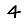
Digit: 4